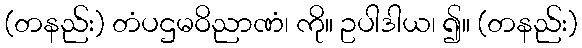
(တနည်း) တံပဌမဝိညာဏံ၊ ကို။ ဥပါဒါယ၊ ၍။ (တနည်း)